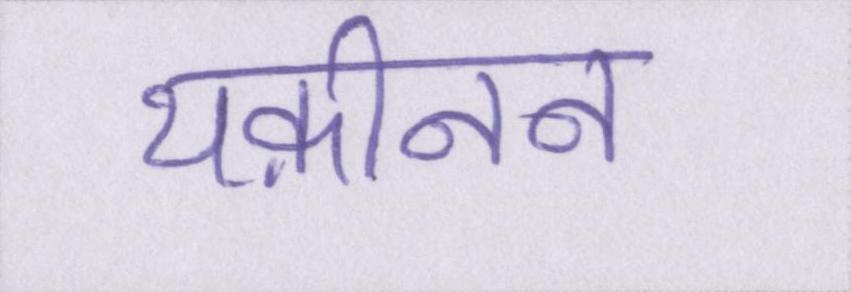
यक़ीनन